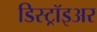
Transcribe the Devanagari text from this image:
डिस्ट्रॉइअर